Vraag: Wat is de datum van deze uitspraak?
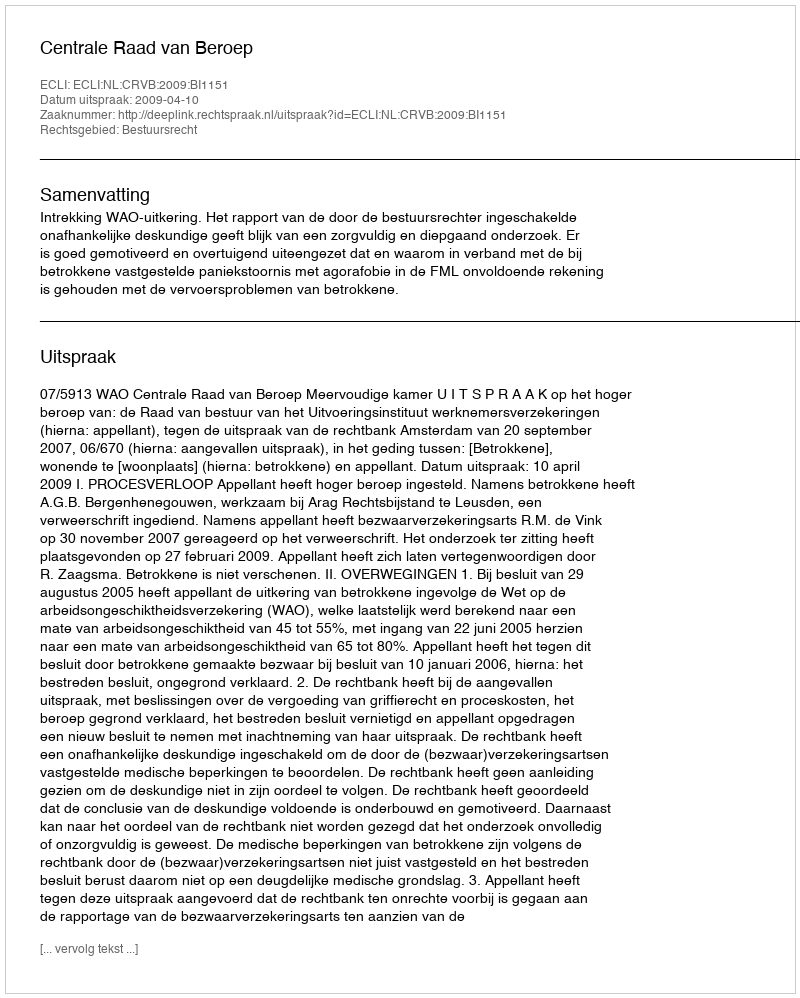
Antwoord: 2009-04-10